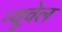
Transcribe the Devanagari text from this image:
न्यूवेल